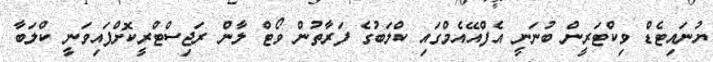
ޔުނައިޓެޑް ވިކްޓަރީން ބުނަނީ އެފްއޭއެމްގައި ކްލަބުގެ ފަރާތުން ވޯޓް ލާން ރަޖިސްޓްރީކޮށްފައިވަނީ ކްލަބާ